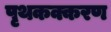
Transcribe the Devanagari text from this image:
पृथकक्करण